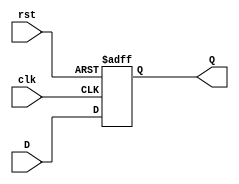
`timescale 1ns / 1ps
//////////////////////////////////////////////////////////////////////////////////
// Company: 
// Engineer: 
// 
// Design Name: 
// Module Name:    dff 
// Project Name: 
// Target Devices: 
// Tool versions: 
// Description: 
//
// Dependencies: 
//
// Revision: 
// Revision 0.01 - File Created
// Additional Comments: 
//
//////////////////////////////////////////////////////////////////////////////////
module dff(D,clk,rst,Q);
input D,clk,rst;
output Q;
reg Q;
always @(posedge clk or posedge rst)
begin
if (rst)
Q=1'b0;
else
Q<=D;
end
endmodule